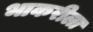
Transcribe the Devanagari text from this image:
भाकरीला